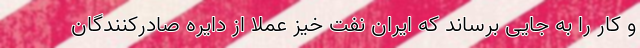
و کار را به جایی برساند که ایرانِ نفت خیز عملاً از دایره صادرکنندگان